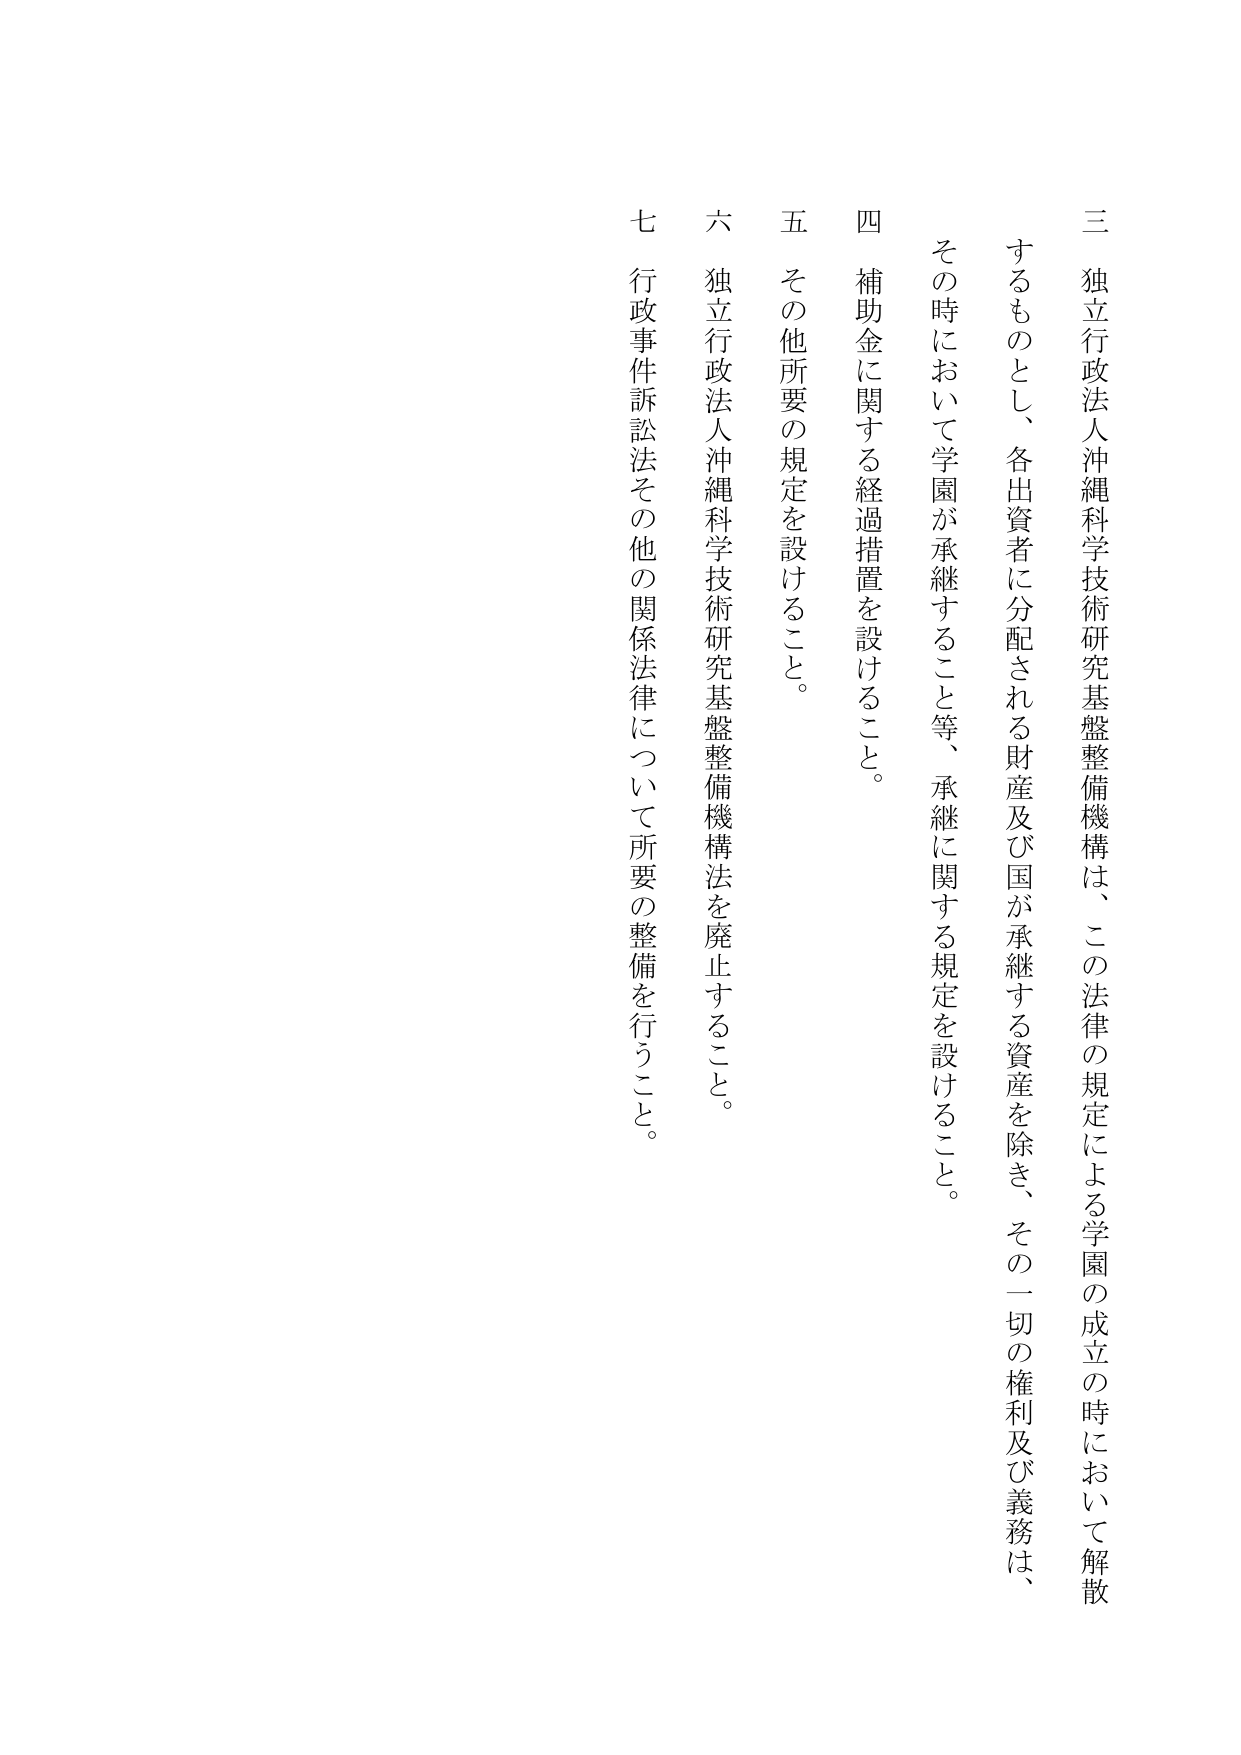
三 独立行政法人沖縄科学技術研究基盤整備機構は、この法律の規定による学園の成立の時において解散
するものとし、各出資者に分配される財産及び国が承継する資産を除き、その一切の権利及び義務は、
その時において学園が承継すること等、承継に関する規定を設けること。
四 補助金に関する経過措置を設けること。
五 その他所要の規定を設けること。
六 独立行政法人沖縄科学技術研究基盤整備機構法を廃止すること。
七 行政事件訴訟法その他の関係法律について所要の整備を行うこと。